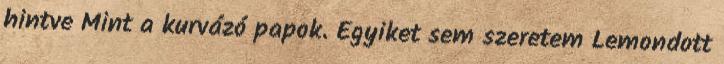
hintve Mint a kurvázó papok. Egyiket sem szeretem Lemondott